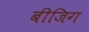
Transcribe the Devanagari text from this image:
बीजिग